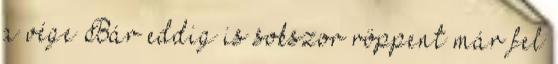
a vége Bár eddig is sokszor röppent már fel